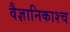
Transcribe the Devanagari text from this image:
वैज्ञानिकाश्च